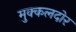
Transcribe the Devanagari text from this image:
मुक्कलदोर